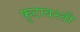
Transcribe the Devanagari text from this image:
फुटावरती